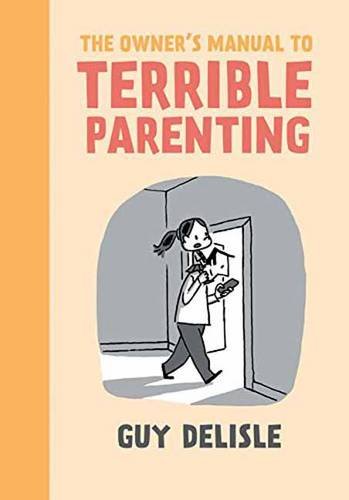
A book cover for The Owner's Manual to Terrible Parenting; Guy Delisle; Comics & Graphic Novels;